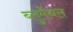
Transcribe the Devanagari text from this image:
ब्लुमेंथल